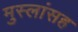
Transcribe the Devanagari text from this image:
मुस्लांसह